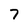
Character: 7